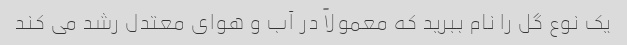
یک نوع گل را نام ببرید که معمولاً در آب و هوای معتدل رشد می کند